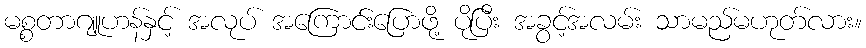
မစ္စတာဂျူဟန်နှင့် အလုပ် အကြောင်းပြောဖို့ ပိုပြီး အခွင့်အလမ်း သာမည်မဟုတ်လား။